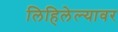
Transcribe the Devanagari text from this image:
लिहिलेल्यावर